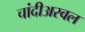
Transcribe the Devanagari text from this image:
चांदीअस्वल